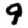
Digit: 9